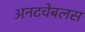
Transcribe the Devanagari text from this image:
अनटचेबलस